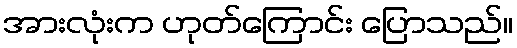
အားလုံးက ဟုတ်ကြောင်း ပြောသည်။